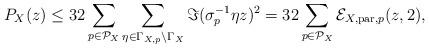
LaTeX: \begin{align*}P_{X}(z)\leq 32\sum_{p\in \mathcal{P}_{X}}\sum_{\eta\in\Gamma_{X,p}\backslash\Gamma_{X}}\Im(\sigma_{p}^{-1}\eta z)^{2}= 32\sum_{p\in \mathcal{P}_{X}}\mathcal{E}_{X,\mathrm{par},p}(z,2),\end{align*}